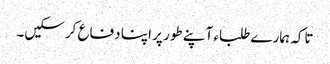
تاکہ ہمارے طلباء آپنے طور پر اپنا دفاع کرسکیں۔